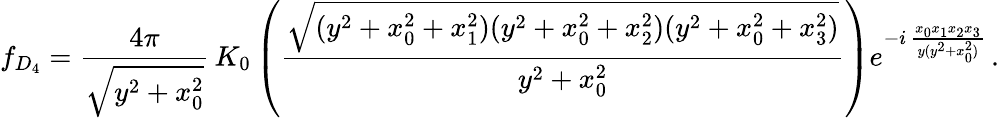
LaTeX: f_{D_{4}}=\frac{4\pi}{\sqrt{y^{2}+x_{0}^{2}}}\, K_{0}\left(\frac{\sqrt{(y^{2}+x_{0}^{2}+x_{1}^{2})(y^{2}+x_{0}^{2}+x_{2}^{2})(y^{2}+x_{0}^{2}+x_{3}^{2})}}{y^{2}+x_{0}^{2}}\right)e^{-i\, \frac{x_{0}x_{1}x_{2}x_{3}}{y(y^{2}+x_{0}^{2})}}\, .